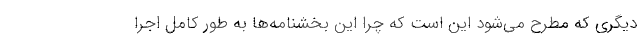
دیگری که مطرح می‌شود این است که چرا این بخشنامه‌ها به طور کامل اجرا